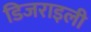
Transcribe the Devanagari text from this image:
डिजराइली